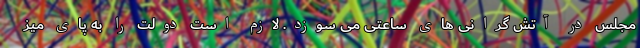
مجلس در آتش گرانی های ساعتی می سوزد. لازم است دولت را به پای میز